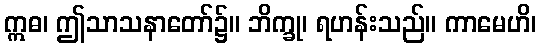
ဣဓ၊ ဤသာသနာတော်၌။ ဘိက္ခု၊ ရဟန်းသည်။ ကာမေဟိ၊